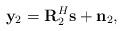
LaTeX: \begin{align*}\mathbf{y}_2 =\mathbf{R}_2^H\mathbf{s} +\mathbf{n}_2,\end{align*}